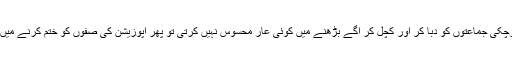
جب بی جے پی اپنے ساتھ ملا کر کام کرچکی جماعتوں کو دبا کر اور کچل کر آگے بڑھنے میں کوئی عار محسوس نہیں کرتی تو پھر اپوزیشن کی صفوں کو ختم کرنے میں بھی اسے کوئی رکاوٹ نہیںپیش آئیگی ۔